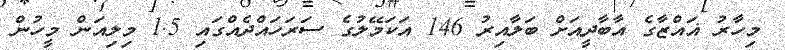
މިހާރު ޣައްޒާގެ އާބާދީއަށް ބަލާއިރު 146 އަކަމޭލުގެ ސަރަހައްދެއްގައި 1.5 މިލިއަން މީހުން